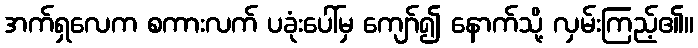
အက်ရှလေက စကားလက် ပခုံးပေါ်မှ ကျော်၍ နောက်သို့ လှမ်းကြည့်၏။